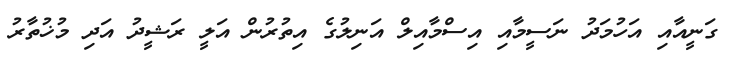
ގަނީއާއި އަހުމަދު ނަސީމާއި އިސްމާއިލް އަނިލުގެ އިތުރުން އަލީ ރަޝީދު އަދި މުޚުތާރު